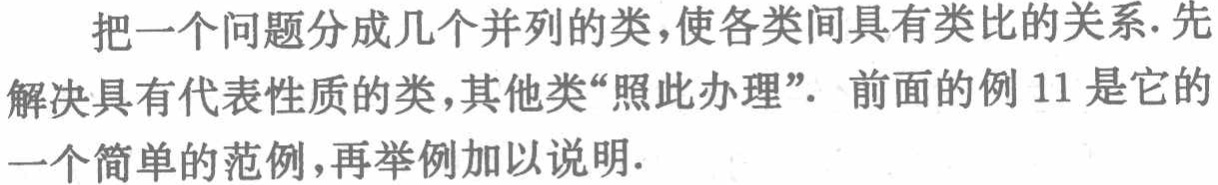
把一个问题分成几个并列的类,使各类间具有类比的关系.先解决具有代表性质的类,其他类“照此办理”. 前面的例 11 是它的一个简单的范例,再举例加以说明.